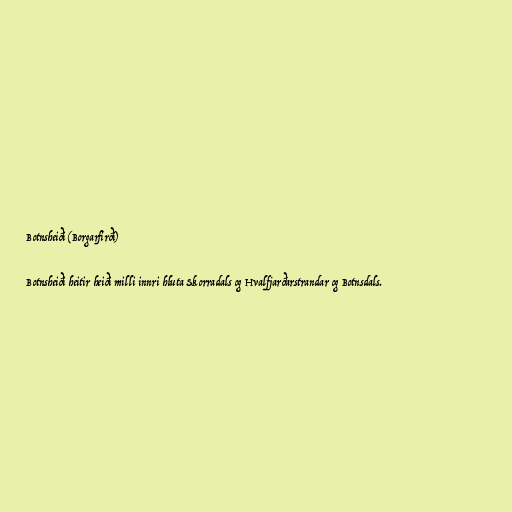
Botnsheiði (Borgarfirði)

Botnsheiði heitir heiði milli innri hluta Skorradals og Hvalfjarðarstrandar og Botnsdals.